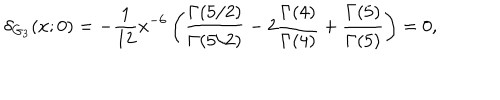
LaTeX: \delta _ { G _ { 3 } } ( x ; 0 ) = - { \frac { 1 } { 1 2 } } { x ^ { - 6 } } \left( { \frac { \Gamma ( 5 / 2 ) } { \Gamma ( 5 / 2 ) } } - 2 { \frac { \Gamma ( 4 ) } { \Gamma ( 4 ) } } + { \frac { \Gamma ( 5 ) } { \Gamma ( 5 ) } } \right) = 0 ,